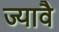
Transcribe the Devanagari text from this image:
ज्यावै